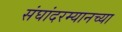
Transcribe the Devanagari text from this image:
संघांदरम्यानच्या